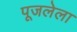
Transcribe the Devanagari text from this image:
पूजलेला